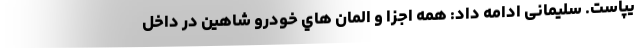
یپاست. سلیمانی ادامه داد: همه اجزا و اِلِمان هاي خودرو شاهین در داخل